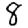
Digit: 8